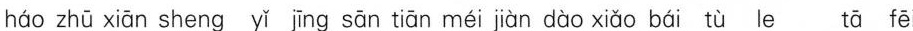
háo zhū xiān sheng yǐ jīng sān tiān méi jiìan dòo xiǎo bái tù le tā fēi